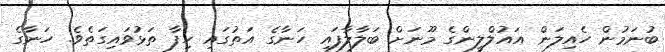
ބުނަމުން ހެއިލަން އައުލްލީންގެ މޫނަށް ބަލާލާފައި ހަނާގެ އަތުގައި ހިފާ ތަޅުވައިގަތެވެ. ހަނާގެ